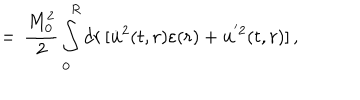
LaTeX: = \, \frac { M _ { 0 } ^ { 2 } } { 2 } \int _ { 0 } ^ { R } d r \, [ \dot { \bf u } ^ { 2 } ( t , r ) \varepsilon ( r ) + { \bf u } ^ { ' 2 } ( t , r ) ] \, { , }